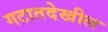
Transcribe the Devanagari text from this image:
गटातदेखील